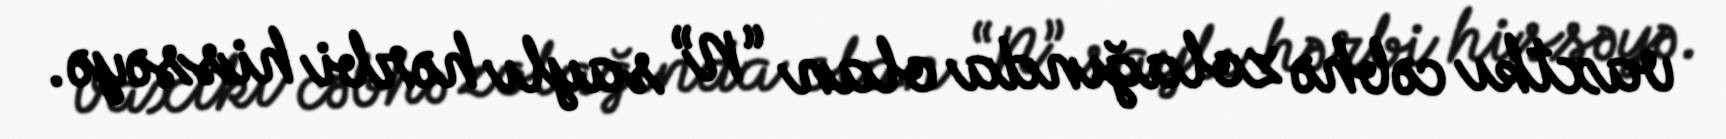
vaxtkı cəbhə zolağında olan “N” saylı hərbi hissəyə.